Burma Government Medical School reports 1923-41
Year: 1923
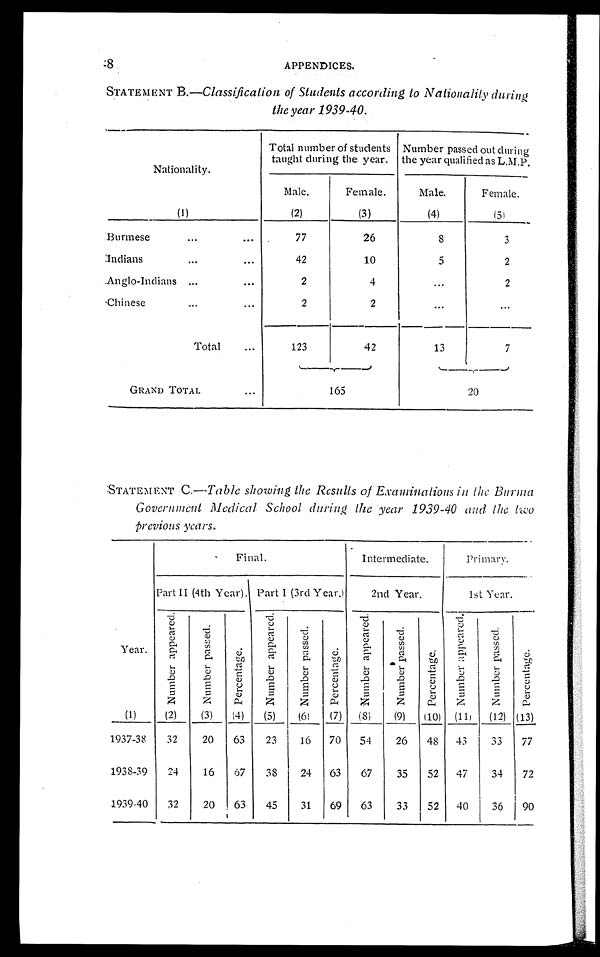
8
APPENDICES.
STATEMENT B. —Classification of Students according to Nationality during
the year 1939-40.
Nationality.
Total number of students
taught during the year.
Number passed out during
the year qualified as L.M.P.
Male.
Female.
Male.
Female.
(1)
(2)
(3)
(4)
( 5 )
Burmese
77
26
8
3
Indians
42
10
5
2
Anglo-Indians
2
4
. . .
2
C h i n e s e
2
2
. . .
. . .
Total
123
42
13
7
GRAND TOTAL
1 6 5
20
:STATEMENT C.— Table showing the Results of Examinations in the Burma
Government Medical School during the year 1939-40 and the two
Previous years.
.
Year
Final.
Intermediate.
P r i m a r y .
Part II (4th Year). Part I (3rd Year.)
2nd Year.
1 s t Y e a r .
N u m b e r a p p e a r e d .
N u m b e r p a s s e d .
P e r c e n t a g e .
N u m b e r a p p e a r e d .
N u m b e r p a s s e d .
P e r c e n t a g e .
N u m b e r a p p e a r e d .
N u m b e r p a s s e d .
P e r c e n t a g e .
N u m b e r a p p e a r e d .
N u m b e r p a s s e d .
P e r c e n t a g e .
(1)
(2)
( 3 )
( 4 ) (5)
(6)
(7) (8)
(9) (10) (11) (12) (13)
1937-38
32
20
63
23
16 70 54
26
48 43
33
77
1938-39
24
16
67
38
24 63
67
35
52 47
34
72
1939-40
32
20
63
45
31 69
63
33
52 40
36
9 0